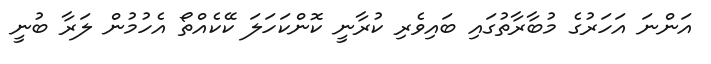
އަންނަ އަހަރުގެ މުބާރާތުގައި ބައިވެރި ކުރާނީ ކޮންކަހަލަ ކޭކެއްތޯ އެހުމުން ލަރާ ބުނީ